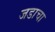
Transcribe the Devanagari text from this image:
जडाचा